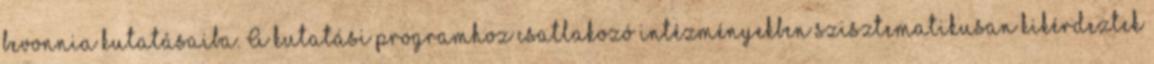
bevonnia kutatásaiba. A kutatási programhoz csatlakozó intézményekben szisztematikusan kikérdeztek